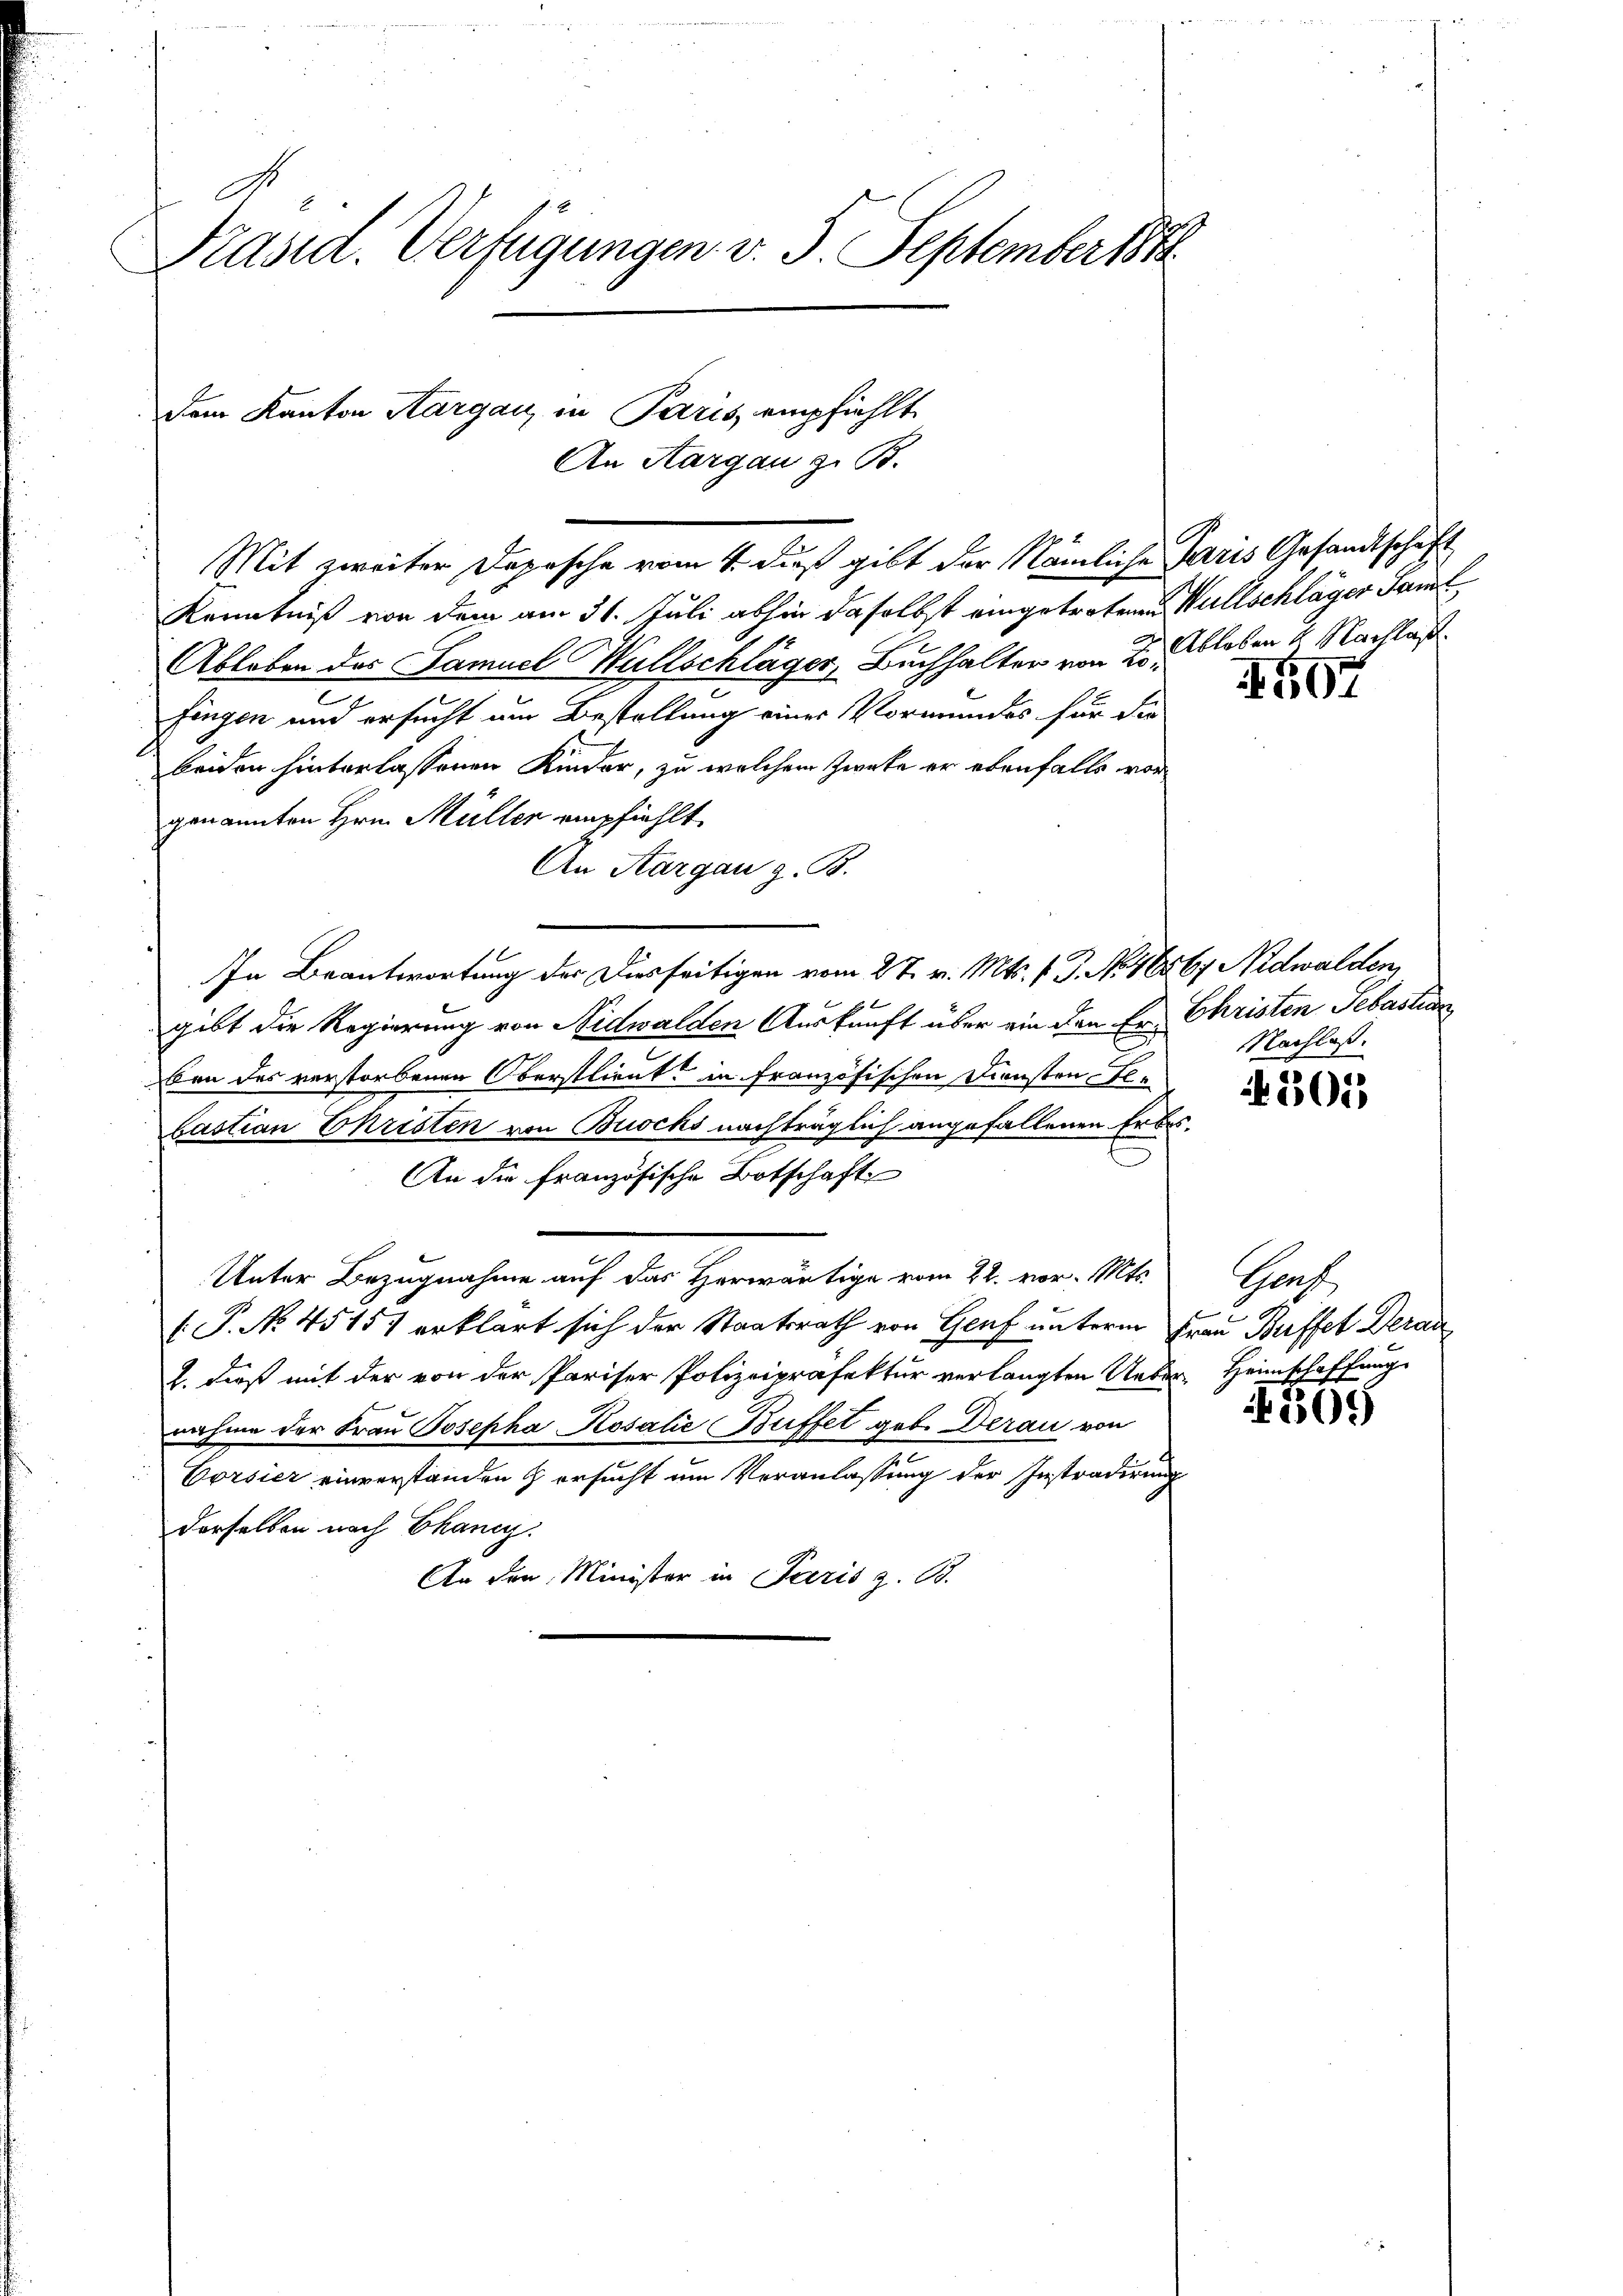
Präsid. Verfügungen v. 5. September 1891

dem Kanton Aargau, in Paris empfiehlt

Mit zweiter Depesche vom 4. dieß gibt der Nämliche Paris Gesandtschaft
Kenntniß von dem am 31. Juli abhin daselbst eingetretenen Wüllschläger Saml
Ableben des Samuel Wüllschläger, Buchhalter von 23 Ableben 1 Nachlaß
2
fingen und ersucht um Bestellung einer Vormundes für die
beiden hinterlassenen Kinder, zu welchem Zwete er ebenfalls vor
genannten Hrn. Müller empfiehlt.
An Aargau z. B.
In Beantwortung der Diesseitigen vom 27. v. Mts. v. J. No. 1656, Nidwalden,
gibt die Regierung von Nidwalden Auskunft über ein den Er Christen Sebastian
ben des verstorbenen Oberstlieut. in französischen Diensten Elbastian Ehristen von Brocks nachträglich angefallenen Erbes¬
An die französische Botschaft
Unter Bezugnahme auf das Herwärtige vom 22. vor. Mts.
.P. No. 45151 erklärt sich der Staatsrath von Genf unterm Frau Buffet Derar
1. dieß mit der von der Pariser Polizeipräfektur verlangten Ueber Heimschaffung
nahme der Frau Josepha Kosalić Buffet geb. Derau von
Vorsier einverstanden & ersucht um Veranlassung der Instradirung
derselben nach Chancy.
An den Minister in Paris z. B.

An Aargau z. B.

407

Nachlaß.

4301

Graf

309